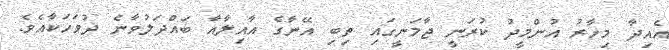
އެއިދާ މިހާރު އުންމީދު ކުރަނީ ޖާމަނީގައި ތިބި އޭނާގެ އާއިލާއާ ބައްދަލުވާނެ ދުވަހަކާއެވެ.